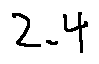
2 . 4